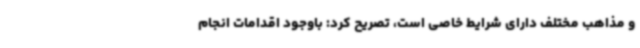
و مذاهب مختلف دارای شرایط خاصی است، تصریح کرد: باوجود اقدامات انجام